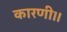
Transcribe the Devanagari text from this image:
कारणी।।